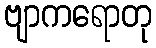
ဗျာကရောတု